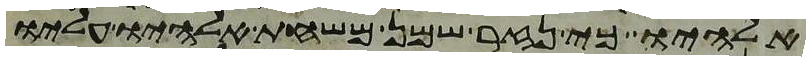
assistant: אלהיו כי נזר שמן משחת אלהיו עליו